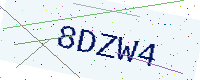
Text: 8DZW4